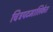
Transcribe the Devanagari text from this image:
चित्रपटमालिकेत